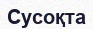
Сусоқта